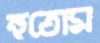
হুতোম